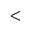
<